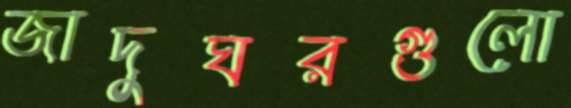
জাদুঘরগুলো